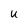
Character: U